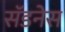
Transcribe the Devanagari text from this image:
सॅडनेस